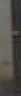
-